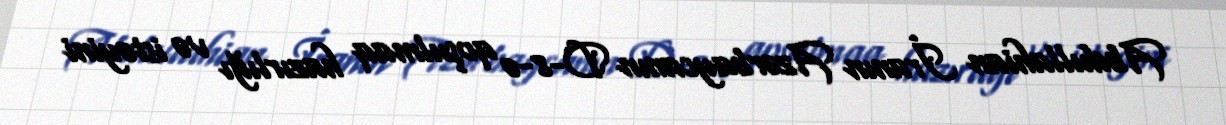
Abdullahian İranın Azərbaycanın D-8-ə qoşulmaq hazırlığı və istəyini